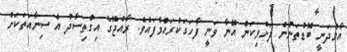
އާމްދަނީ ބޮޑުތަނުން ދަށްވިކަން އޭނާ ވަނީ ފާހަގަކުރައްވާފައެވެ. ރާއްޖޭގެ އިގްތިސާދު އެ ސިނާއަތަކަށް